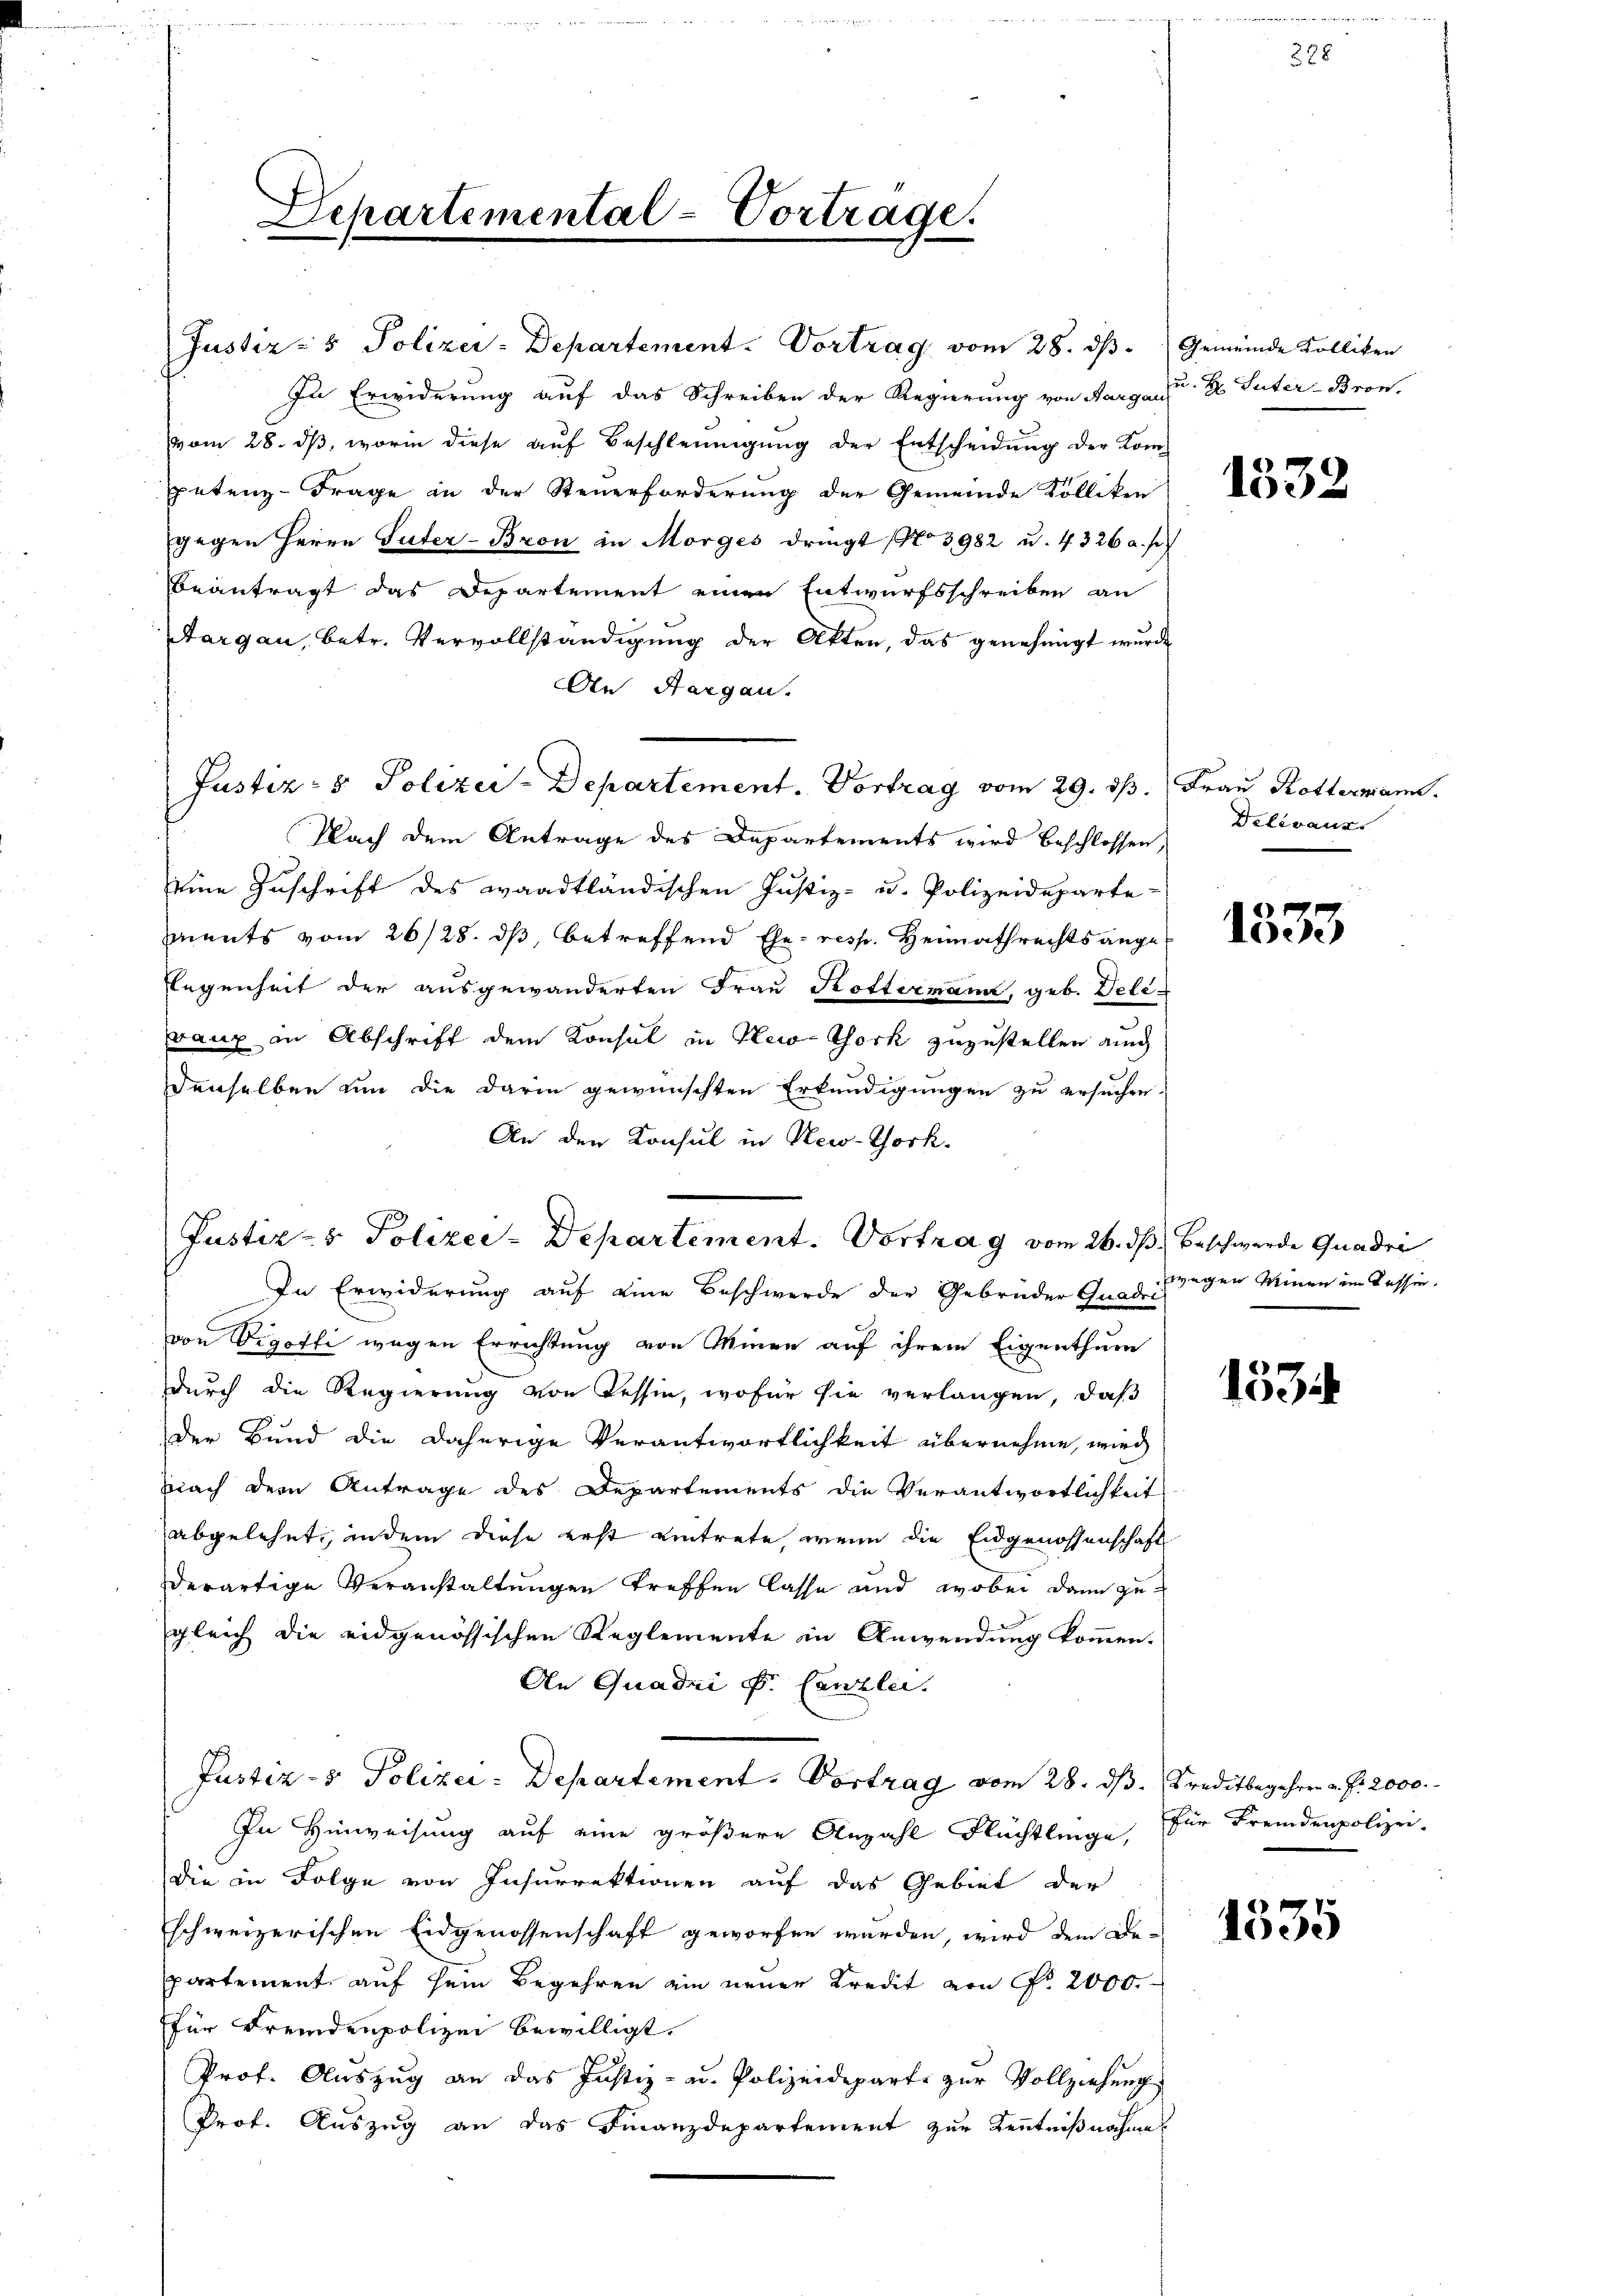
In Erwiderung auf das Schreiben der Regierung von Aargau
vom 28. ds, worin diese auf Beschleunigung der Entscheidung der Kom-
petenz-Frage in der Steuerforderung der Gemeinde Kolliken
gegen Herrn Güter-Bron in Morges dringt No 3982 u. 4326 a. p.
Beantragt das Departement einen Entwurfsschreiben an
Aargau, betr. Vervollständigung der Akten, das genehmigt wurd
An Hargau.
Nach dem Antrage des Departements wird beschlossen,
eine Zuschrift des waadtländischen Justiz- u. Polizeideparte-
mnents vom 26/28. ds, betreffend Ehe- resp. Heimathrechtsange-
legenheit der ausgewanderten Frau Kottermann, geb. Dele-
raux in Abschrift dem Konsul in New-York zuzustellen auch
denselben um die darin gewünschten Erkundigungen zu ersuchen.
An den Konsul in New-York
In Erwiderung auf eine Beschwerde der Gebrüder Gnade gegen Minen im Cassen.
von Vigotti wegen Errichtung von Minen auf ihrem Eigenthum
durch die Regierung von Tessin, wofür sie verlangen, daß
der Bund die daherige Verantwortlichkeit übernehme, wird
nach dem Antrage des Departements die Verantwortlichkeit
abgelehnt, in dem diese erst eintrete, wenn die Eidgenossenschaft
derartige Veranstaltungen treffen lasse und wobei dann zugleich die eidgenössischen Reglemente in Anwendung kommen.
An Quadri P. Canzlei.
Justiz- & Polizei- Departement. Vortrag vom 28. dβ. Kreditbegehrer a. f. 2000.
In Hinweisung auf eine größere Anzahl Flüchtlinge,
die in Folge von Insurrektionen auf das Gebiet der
schweizerischen Eidgenossenschaft geworfen würden, wird dem De-
partement auf sein Begehren ein neuer Kredit von Fr. 2000.
für Fremdenpolizei bewilligt.
Prof. Auszug an das Justiz- u. Polizeideparte zur Vollziehung
Prof. Auszug an das Finanzdepartement zur Kenntnißnahme

Departemental-Vortrage.

Justiz- & Polizei-Departement. Vortrag vom 29. ds.

Justiz- & Polizei-Departement. Vortrag vom 26. ds Beschwerde Quadri

Justiz- & Polizei-Departement-Vortrag vom 28. ds.

Gemeinde Kolliken
u. H. Suter-Bron.

h

1532

Frau Rottermann.
Delevanz

1333

153

für Fremdenpolizei.

1335